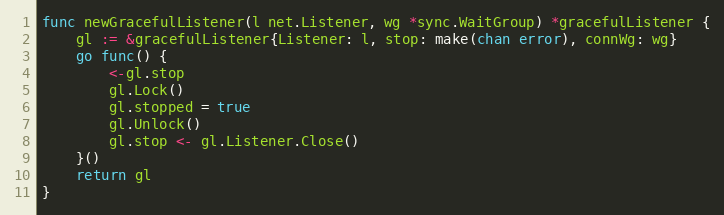
Language: Go
func newGracefulListener(l net.Listener, wg *sync.WaitGroup) *gracefulListener {
	gl := &gracefulListener{Listener: l, stop: make(chan error), connWg: wg}
	go func() {
		<-gl.stop
		gl.Lock()
		gl.stopped = true
		gl.Unlock()
		gl.stop <- gl.Listener.Close()
	}()
	return gl
}